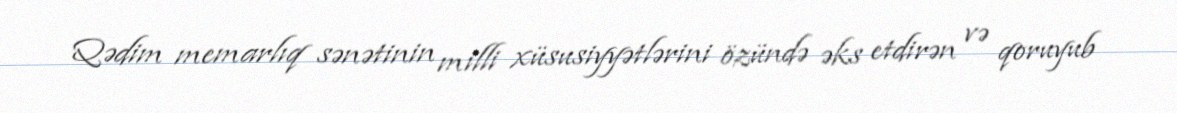
Qədim memarlıq sənətinin milli xüsusiyyətlərini özündə əks etdirən və qoruyub